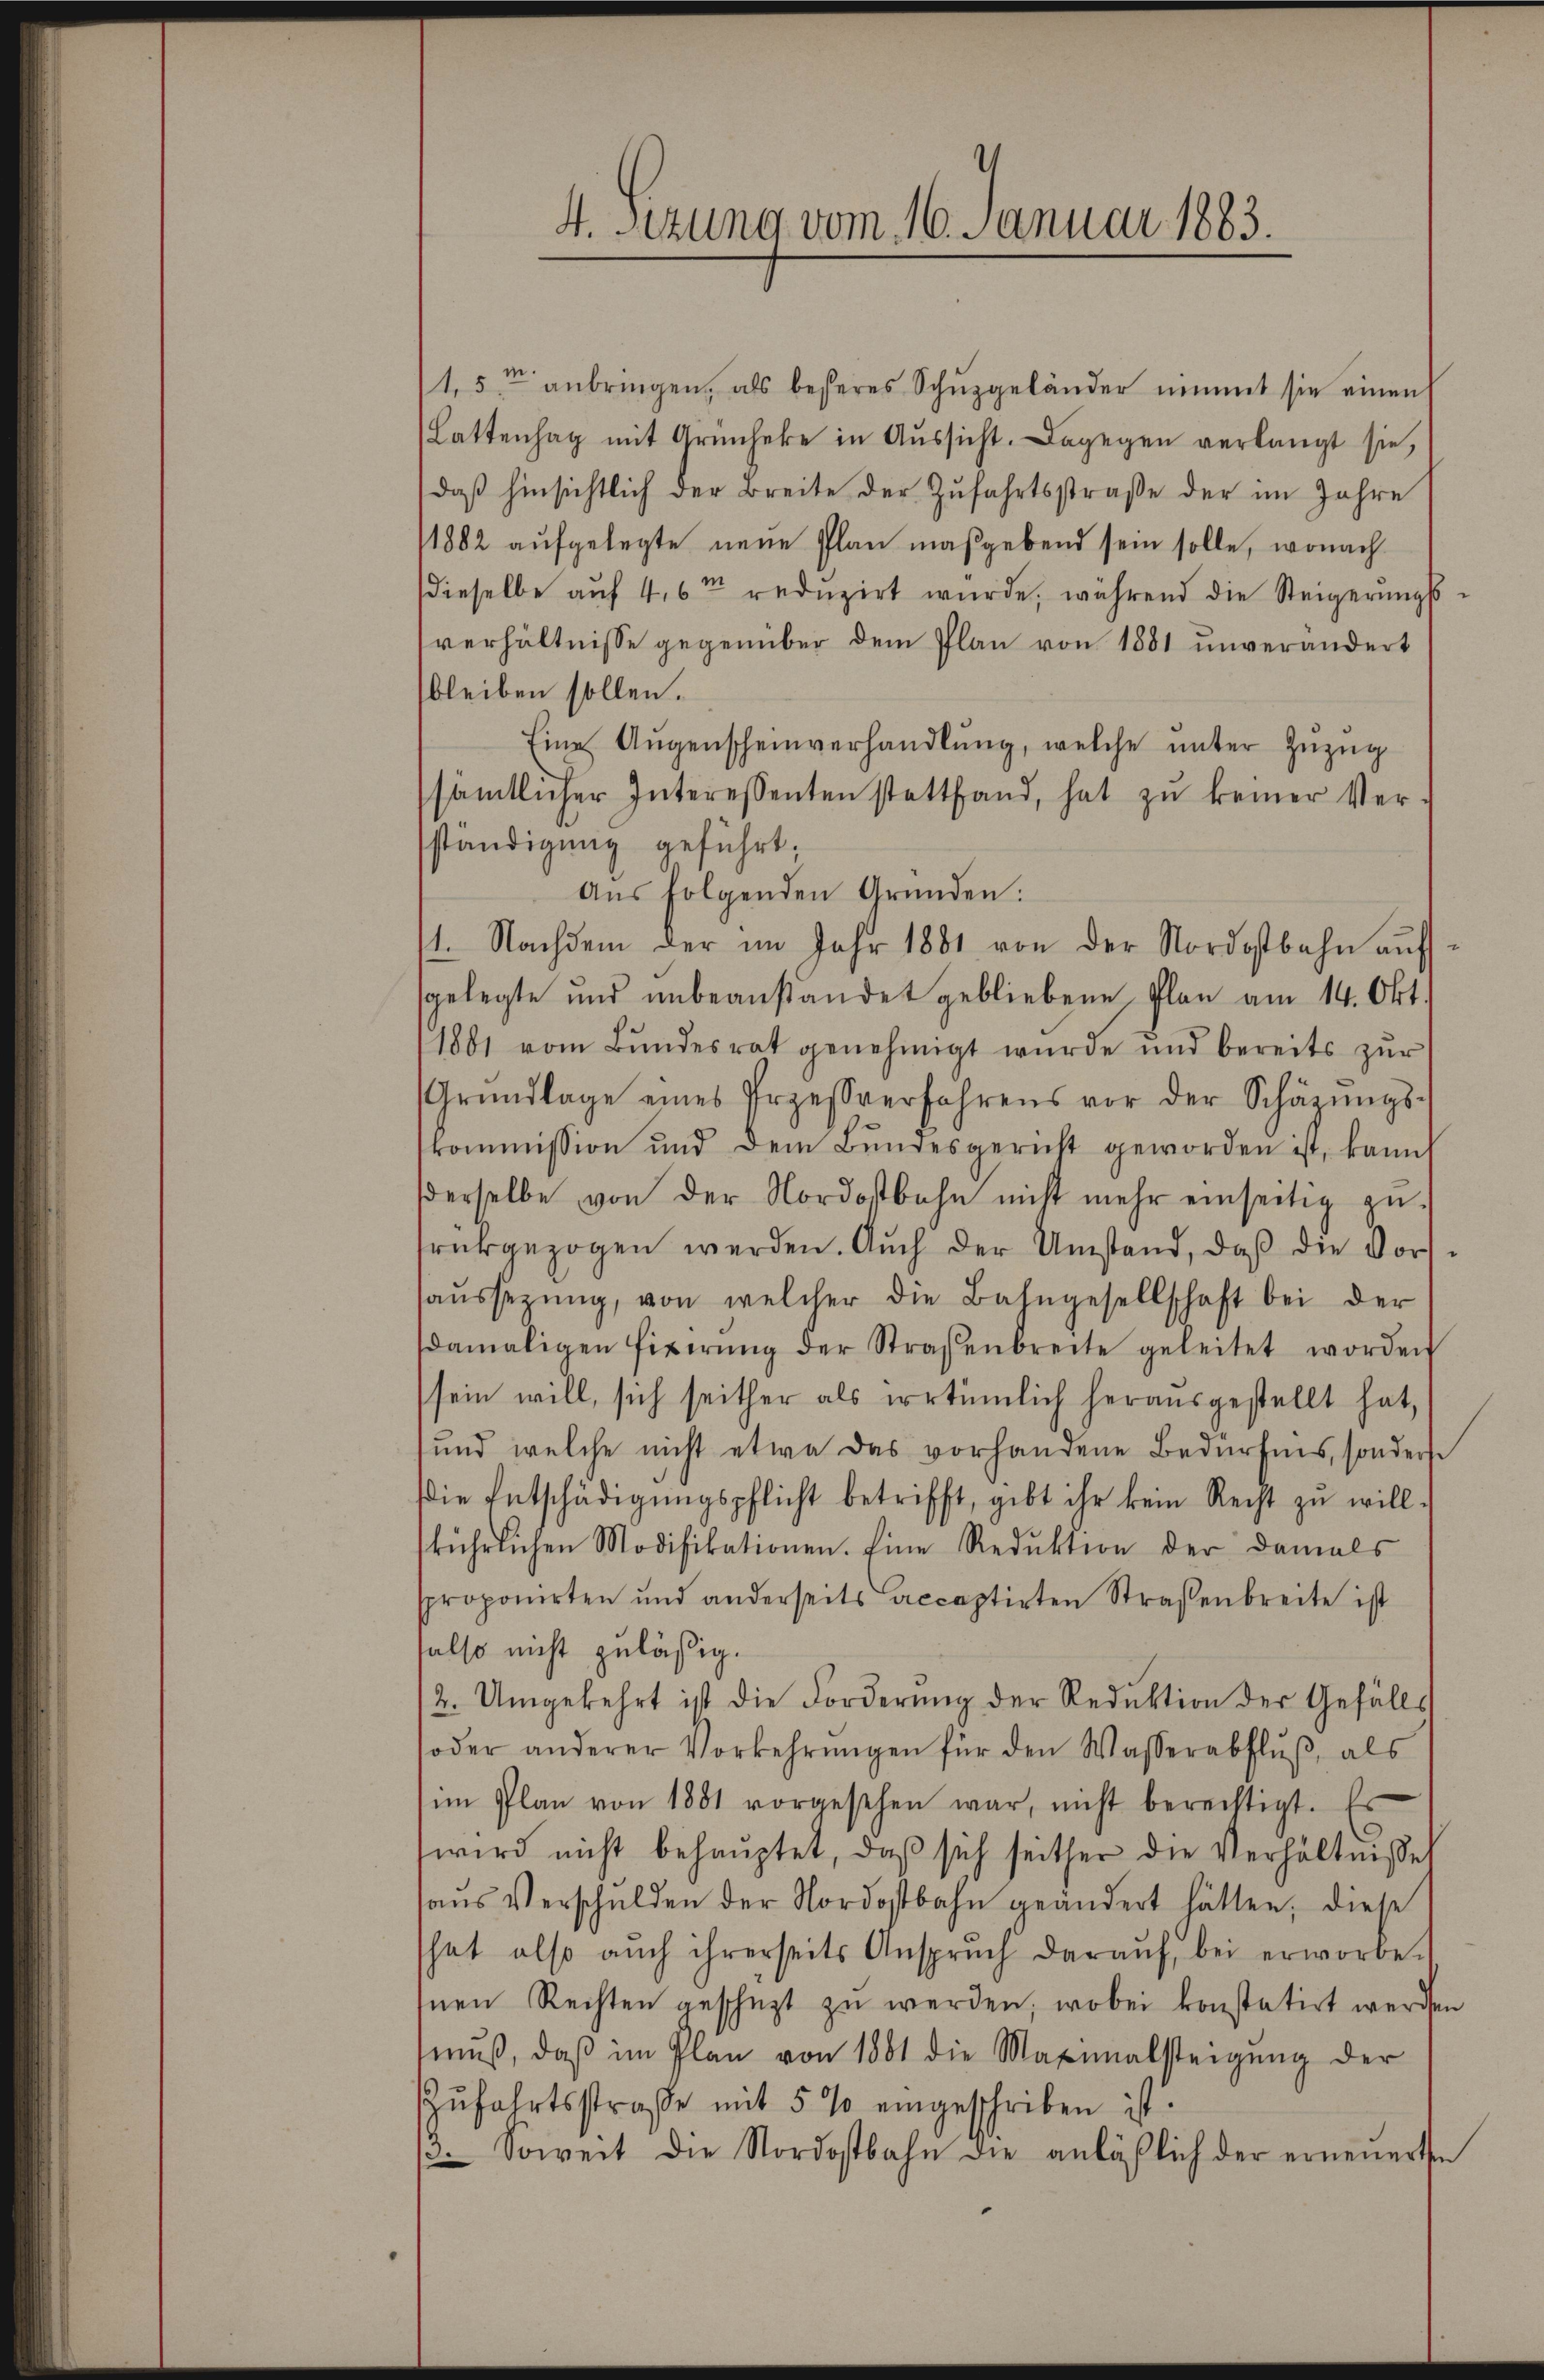
4. Sitzung vom 16. Januar 1883.

1.5 anbringen, als besseres Schŭzgeländer nimmt sie einen
Lattenhag mit Grünheke in Aŭssicht. Dagegen verlangt sie,
daβ hinsichtlich der Breite der Zŭfahrtsstraβe der im Jahre
1882 aufgelegte neue Plan maßgebend sein solle, wonach
dieselbe auf 4,6m redŭzirt wurde, während die Steigerungss
verhältnisse gegenüber dem Plan von 1881 unverändert
bleiben sollen.
Eine Augenscheinverhandlung, welche unter Zuzug
sämtlicher Interessenten stattfand, hat zŭ keiner Versständigung geführt;
Aus folgenden Gründen:
1. Nachdem der im Jahr 1881 von der Nordostbahn aŭf-
gelegte und ŭnbeanstandet gebliebene Plan am 14. Okt.
1881 vom Bŭndesrat genehmigt wurde und bereits zŭr
Grŭndlage eines Priessverfahrens vor der Schärŭngs-
kommission und dem Bŭndesgericht geworden ist, kann
dderselbe von der Nordostbahn nicht mehr einseitig zu-
drückgezogen werden. Aŭch der Umstand, daβ die Vor-
aŭssezŭng, von welcher die Bahngesellschaft bei der
(damaligen fixirŭng der Straßenbreite geleitet worden
sein will, sich seither als irrtümlich herausgestellt hat,
und welche nicht etwa das vorhandene Bedürfnis, sonderse
Die Entschädigŭngspflicht betrifft, gibt ihr kein Recht zŭ will-
kührlichen Modifikationen. Eine Reduktion der damals
sproponirten und anderseits acceptirten Straßenbreite ist
also nicht zuläßig.
2. Umgekehrt ist die Forderung der Reduktion der Gefälls
oder anderer Vorkehrŭngen für den Wasserabflŭβ als
im Plan von 1881 vorgesehen war, nicht berechtigt. Es
wird nicht behauptet, daß sich seither die Verhältnisse
aŭs Verschulden der Nordostbahn geändert hätten, diese
hat also auch ihrerseits Ansprŭch daraŭf, bei erworbe
Inen Rechten geschüzt zu werden; wobei konstatirt werden
mŭβ, daβ im Plan von 1881 die Maximalsteigung der
Zufahrtsstraße mit 5 % eingeschriben ist.
β. Soweit die Nordostbahn die anläβlich der erneuerten